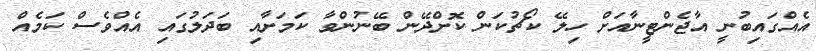
އެއްގައިބުނީ އާޖެންޓީނާއަށް ހިލޭ ކޯޗުކަން ކޮށްދޭން ބޭނުންވާ ކަމަށާއި ބަދަލުގައި އެއްވެސް ކަމެއް